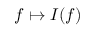
f \mapsto I ( f )